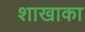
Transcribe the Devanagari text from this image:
शाखाका